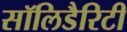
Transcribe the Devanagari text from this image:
सॉलिडैरिटी